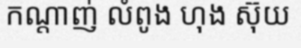
កណ្តាញ់ លំពូង ហុង ស៊ុយ